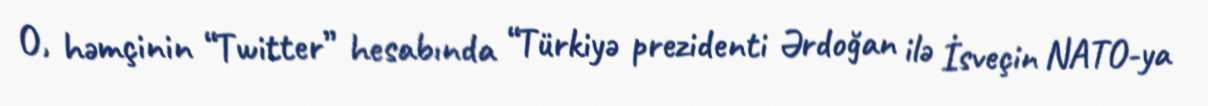
O, həmçinin “Twitter” hesabında “Türkiyə prezidenti Ərdoğan ilə İsveçin NATO-ya